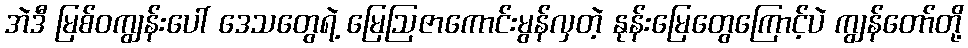
အဲဒီ မြစ်ဝကျွန်းပေါ် ဒေသတွေရဲ့ မြေဩဇာကောင်းမွန်လှတဲ့ နုန်းမြေတွေကြောင့်ပဲ ကျွန်တော်တို့